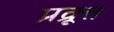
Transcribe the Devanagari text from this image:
प्रव्रूत्त